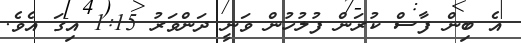
އެ ބިން ފާސް ކުރަން ފުލުހުން ވަނީ ދަންވަރު 1:15 އިގަ އެވެ.